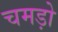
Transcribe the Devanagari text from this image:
चमड़ो